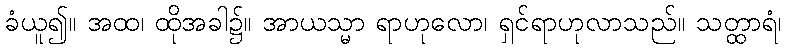
ခံယူ၍။ အထ၊ ထိုအခါ၌။ အာယသ္မာ ရာဟုလော၊ ရှင်ရာဟုလာသည်။ သတ္ထာရံ၊